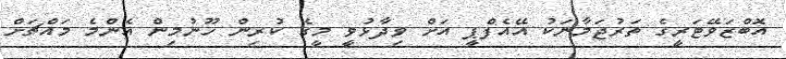
އޮބްޒަވޭޓަރީގެ ތަރުޖަމާނަކު އޭއެފްޕީ އަށް ވިދާޅުވީ މީގެ ކުރިން ހޫނުމިން އެންމެ މައްޗަށް